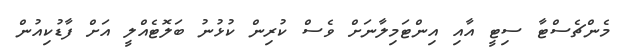
މެންޗެސްޓާ ސިޓީ އާއި އިންޓަމިލާނަށް ވެސް ކުރިން ކުޅުނު ބަލޮޓެއްލީ އަށް ފާޑުކިއުން